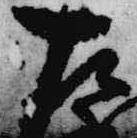
左